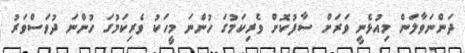
ދަންނަވާލަން މިއުޅެނީ ވަރަށް ސާފުކޮށް ވެރިކަމުގަ ހުންނަ މީހަކު ވެރިކަމުގަ ހުންނަ ދުވަސްވަރު